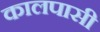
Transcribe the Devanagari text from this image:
कालपासी